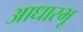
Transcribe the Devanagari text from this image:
आधारभू